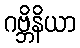
ဂဗ္ဘိနိယာ